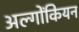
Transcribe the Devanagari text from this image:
अल्गोंकियन